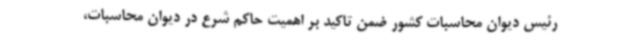
رئیس دیوان محاسبات کشور ضمن تاکید بر اهمیت حاکم شرع در دیوان محاسبات،